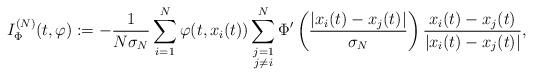
LaTeX: \begin{align*} I_{\Phi}^{(N)} (t,\varphi) := -\frac1{N\sigma_N} \sum_{i=1}^{N} \varphi(t, x_i(t)) \sum_{\substack{j=1\\ j \neq i}}^{N} \Phi'\left(\frac{| x_i (t)- x_j(t)|}{\sigma_N}\right) \frac{ x_i(t) - x_j(t)}{| x_i(t) - x_j(t)|},\end{align*}